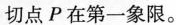
切点P在第一象限。